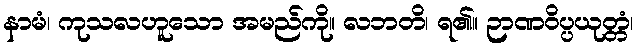
နာမံ၊ ကုသလဟူသော အမည်ကို။ လဘတိ၊ ရ၏။ ဉာဏဝိပ္ပယုတ္တံ၊